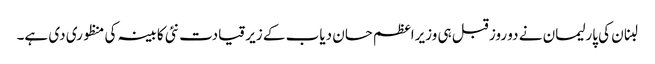
لبنان کی پارلیمان نے دو روز قبل ہی وزیراعظم حسان دیاب کے زیر قیادت نئی کابینہ کی منظوری دی ہے۔